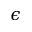
\epsilon